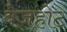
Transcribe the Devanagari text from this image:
बेजहोट